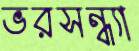
ভরসন্ধ্যা